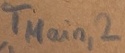
Text: TMain,2